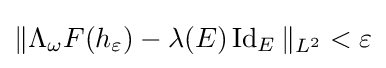
\|\Lambda _{\omega }F(h_{\varepsilon })-\lambda (E)\operatorname {Id} _{E}\|_{L^{2}}<\varepsilon